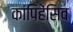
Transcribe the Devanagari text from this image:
कांपिहेंसिव